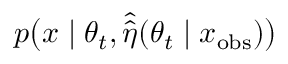
p \big ( x \mid \theta _ { t } , \hat { \hat { \eta } } ( \theta _ { t } \mid x _ { \mathrm { o b s } } ) \big )